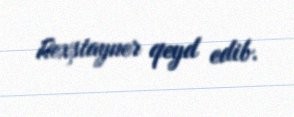
Rexştayner qeyd edib.